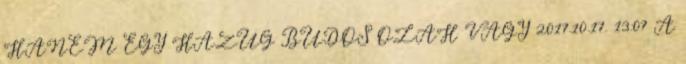
HANEM EGY HAZUG BUDOS OLAH VAGY 2017.10.17. 13:07 A